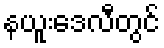
နယူးဒေလီတွင်